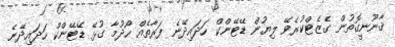
ޤާނޫނީގޮތުން ގެޒެޓްކުރެވޭ ލިޔުން ޑޭޓޭންކް ހަދައިދޭނެ ފަރާތެއް ހޯދުމާ ގުޅޭ ޑޭޓޭންކް ހަދައިދޭނެ